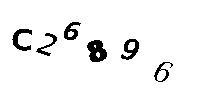
C26896